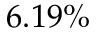
6 . 1 9 \%